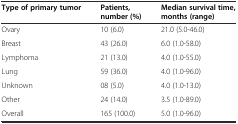
| Type of primary tumor | Patients, number (%) | Median survival time, months (range) |
 | --- | --- | --- |
 | Ovary | 10 (6.0) | 21.0 (5.0-46.0) |
 | Breast | 43 (26.0) | 6.0 (1.0-58.0) |
 | Lymphoma | 21 (13.0) | 4.0 (1.0-55.0) |
 | Lung | 59 (36.0) | 4.0 (1.0-96.0) |
 | Unknown | 08 (5.0) | 4.0 (1.0-13.0) |
 | Other | 24 (14.0) | 3.5 (1.0-89.0) |
 | Overall | 165 (100.0) | 5.0 (1.0-96.0) |